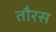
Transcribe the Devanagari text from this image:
तौरस